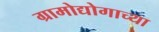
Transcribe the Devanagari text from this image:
ग्रामोद्योगाच्या